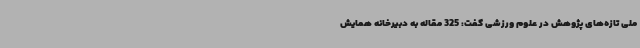
ملی تازه‌های پژوهش در علوم ورزشی گفت: 325 مقاله به دبیرخانه همایش